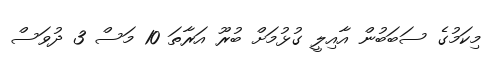
މިކަމުގެ ސަބަބުން އާއިލީ ގުޅުމަށް ބުރޫ އަރާތަ 10 މަސް 3 ދުވަސް